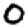
Digit: 0